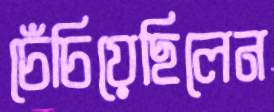
চেঁচিয়েছিলেন